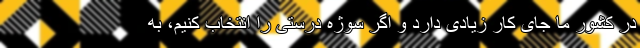
در کشور ما جای کار زیادی دارد و اگر سوژه درستی را انتخاب کنیم، به